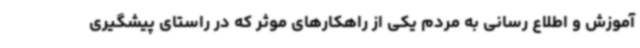
آموزش و اطلاع رسانی به مردم یکی از راهکارهای موثر که در راستای پیشگیری